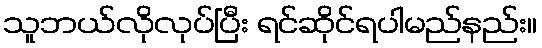
သူဘယ်လိုလုပ်ပြီး ရင်ဆိုင်ရပါမည်နည်း။